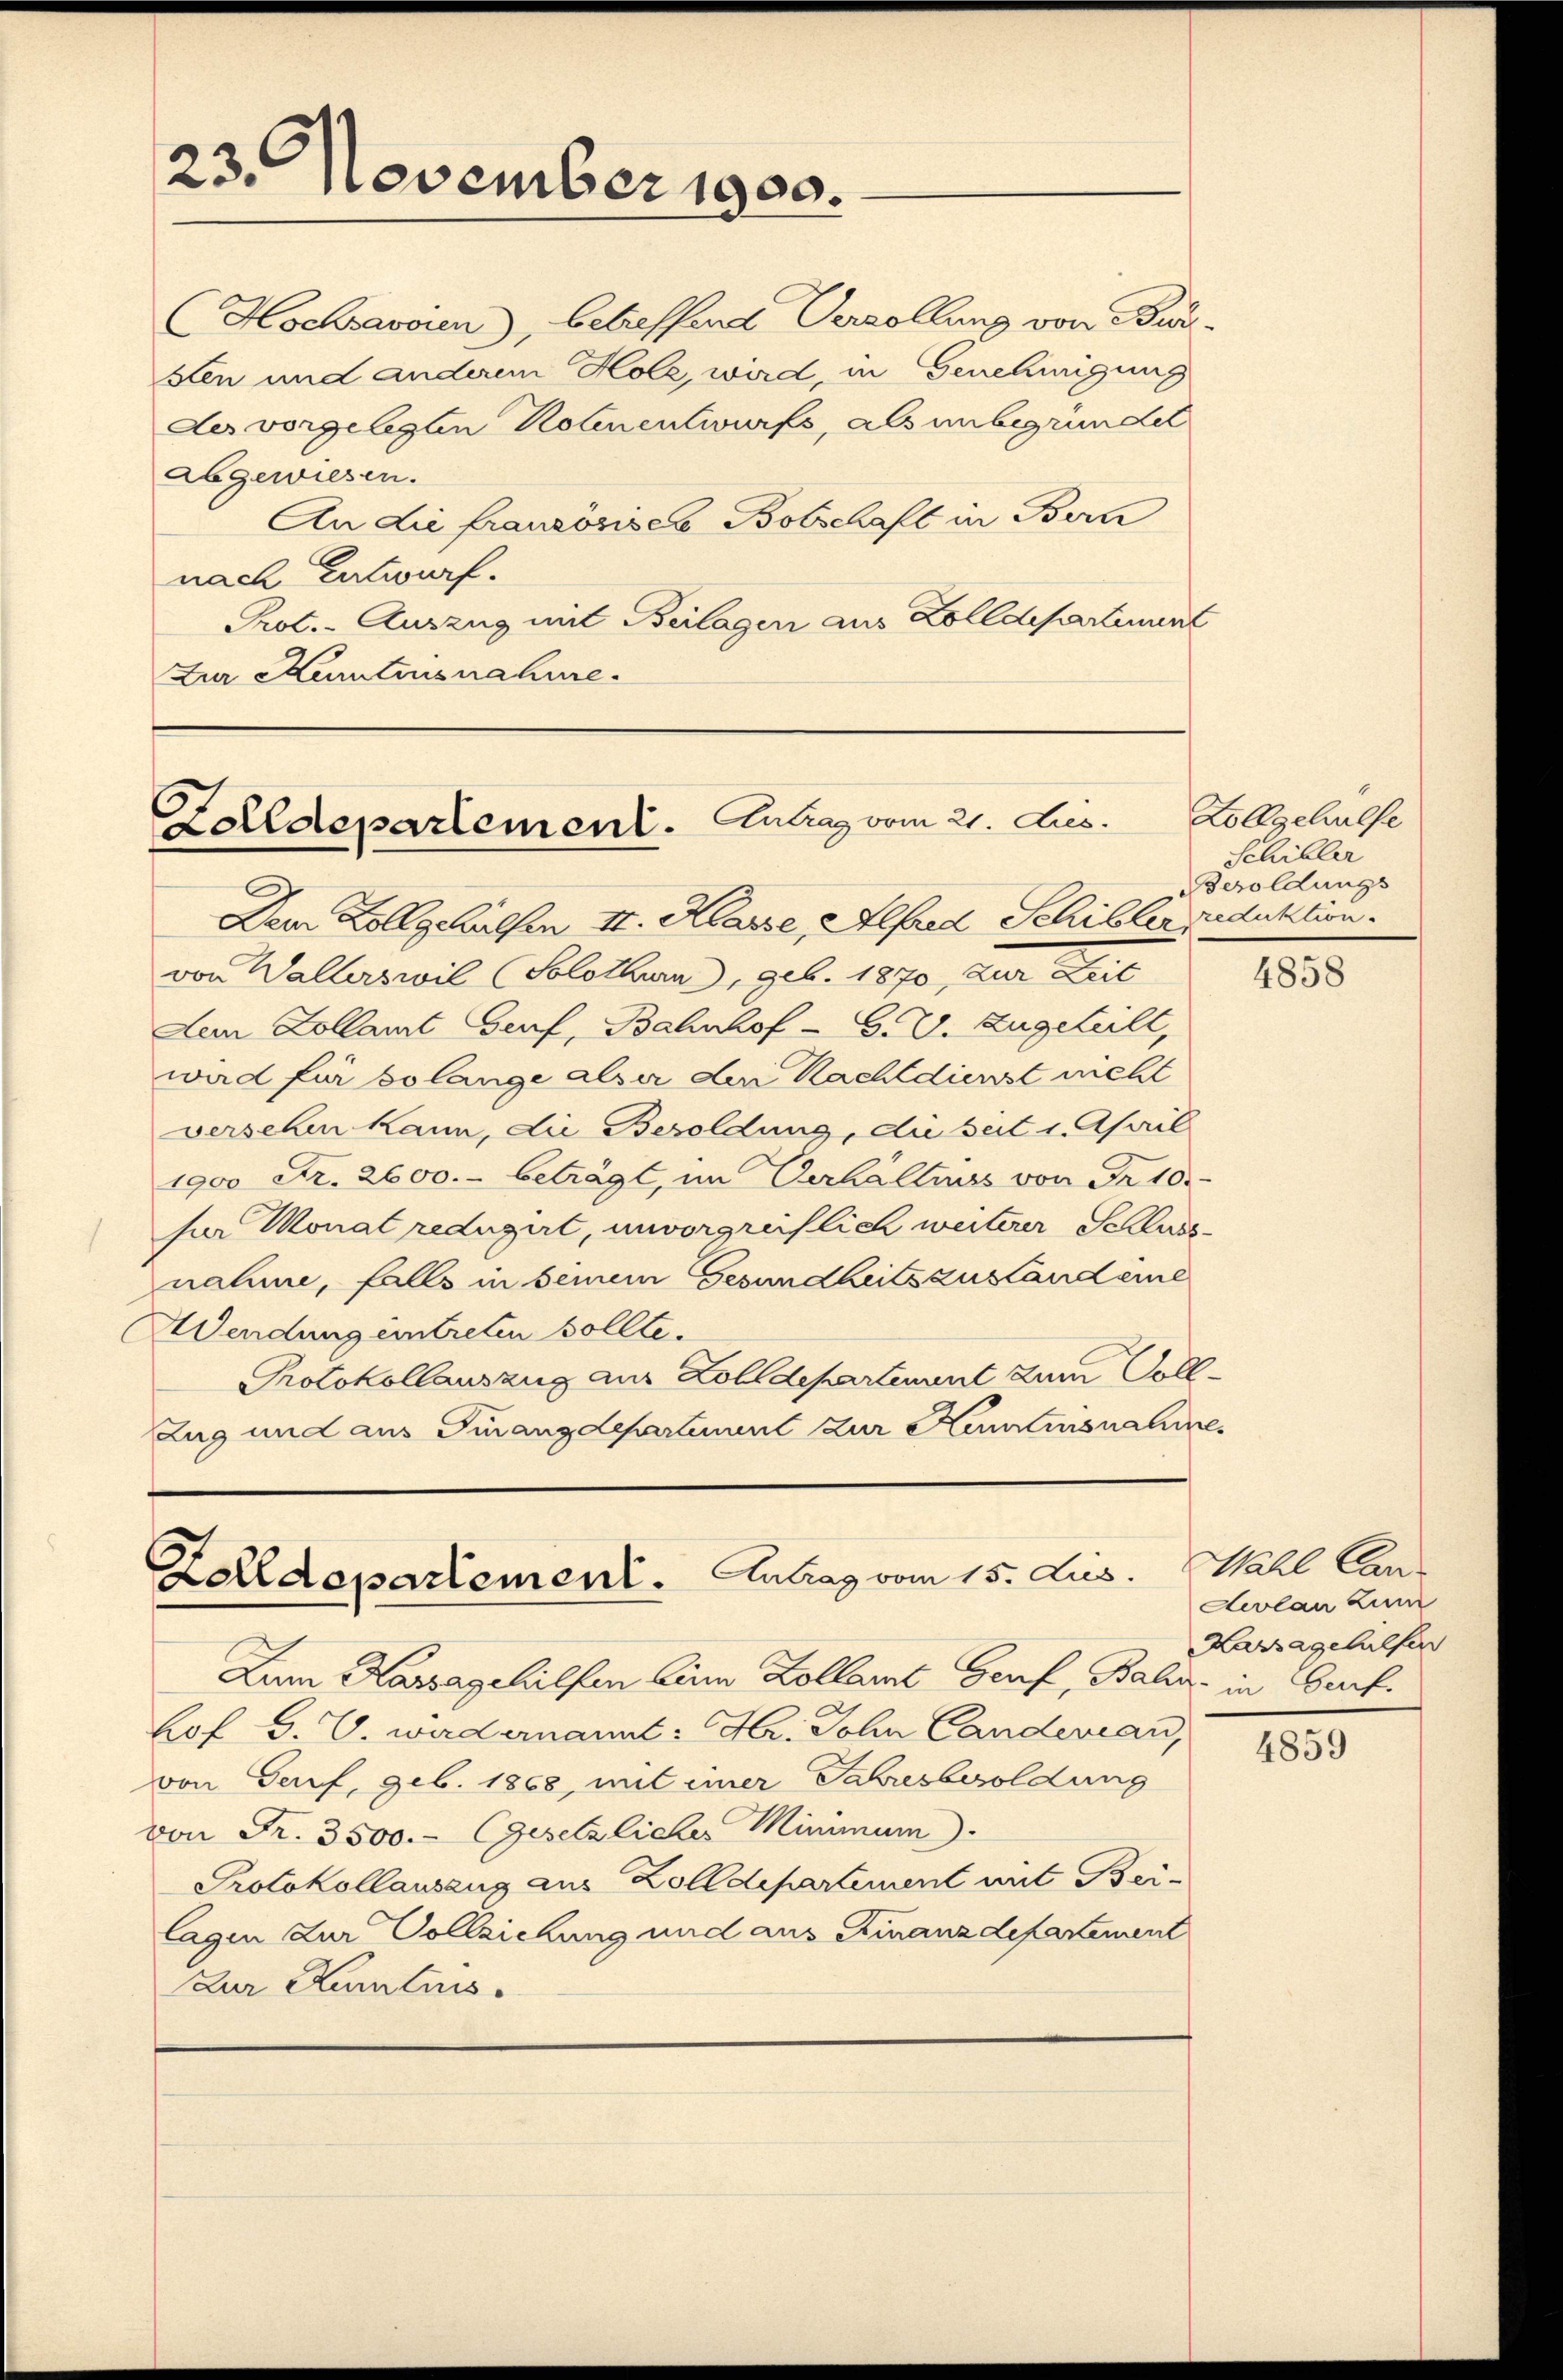
23. November 1900.

Zolldepartement. Antrag vom 21. Jes.

Hochsavoien), betreffend Verzöllung von Bun-
sten und anderem Holz, wird, in Genehmigung
der vorgelegten Rotenentwurfs, als unbegründet
abgewiesen.
An Lie franzosises Botschaft in Bern
nach Entwurf.
Prot. - Auszug mit Beilagen aus Zolldepartement
Zur Kenntnisnahme.

Dem Zollgehülfen II. Klasse, Alfred Schiller Reduktion.
von Walterswil (Solothurn, geb. 1870, zur Gemeine
Dem Zollamt Genf, Bahnhof - G. 2. Zugeteilt,
wird für solange also der Nachldienst nicht
versehen kann, die Besoldung, du seit 1. April
1900 Fr. 2600.- beträgt, im Verhältnis von Fr. 10.
ser Monat reduzirt, unvorgreiflich weiterer Schluss
nahme, falls in seinem Gesundheitszustand eine
Wendung eintreten sollte.
Protokollauszug aus Zolldepartement zum Voll¬
Zug und aus Finanzdepartement zur Kaumsnahme,

Zolldepartement. Antrag vom 15. Lus. Wahl Can

Zum Kassagehilfen eine Zollamt Genf, Bahn in Gerf.
hof v. V. wird ernannt: Hr. John Canderian,
von Genf, geb. 1868, mit einer Jahresbesoldung
von Fr. 3500.- Gesetzlicher Minimum
Protokollauszug aus Zolldepartement mit Bei-
lagen zur Vollziehung und aus Finanzdepartement
Zur Kenntnis.

Zollgehülfe
Schiller
Besoldungs

4858

Levlan zum
Kassagehülfen

4859